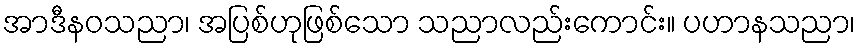
အာဒီနဝသညာ၊ အပြစ်ဟုဖြစ်သော သညာလည်းကောင်း။ ပဟာနသညာ၊